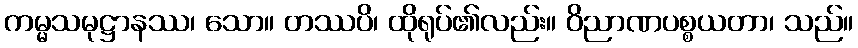
ကမ္မသမုဋ္ဌာနဿ၊ သော။ တဿပိ၊ ထိုရုပ်၏လည်း။ ဝိညာဏပစ္စယတာ၊ သည်။